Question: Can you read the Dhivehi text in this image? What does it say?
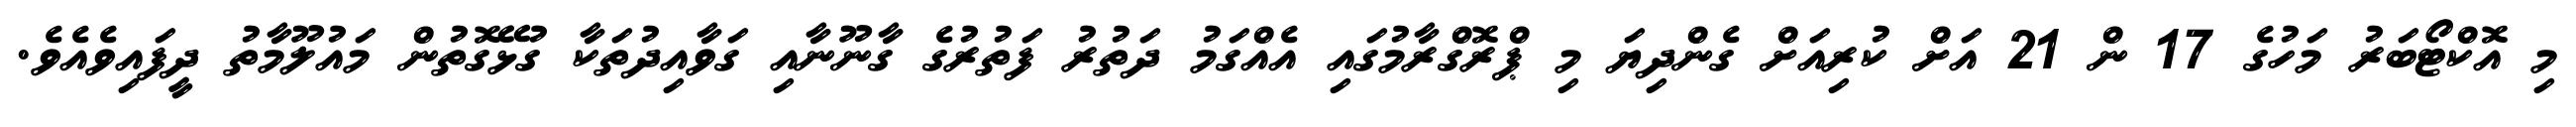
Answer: މި އޮކްޓޯބަރު މަހުގެ 17 ން 21 އަށް ކުރިއަށް ގެންދިޔަ މި ޕްރޮގްރާމުގައި އެއްގަމު ދަތުރު ފަތުރުގެ ގާނޫނާއި ގަވާއިދުތަކާ ގުޅޭގޮތުން މައުލޫމާތު ދީފައިވެއެވެ.